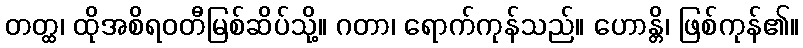
တတ္ထ၊ ထိုအစိရဝတီမြစ်ဆိပ်သို့။ ဂတာ၊ ရောက်ကုန်သည်။ ဟောန္တိ၊ ဖြစ်ကုန်၏။